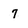
Character: 7